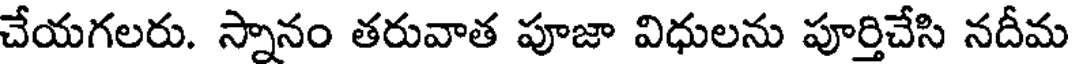
చేయగలరు. స్నానం తరువాత పూజా విధులను పూర్తిచేసి నదీమ